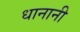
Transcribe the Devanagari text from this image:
धानानी